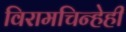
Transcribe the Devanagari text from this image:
विरामचिन्हेही